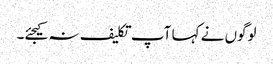
لوگوں نے کہا آپ تکلیف نہ کیجئے۔